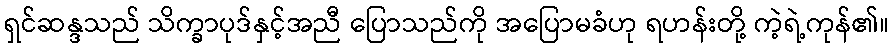
ရှင်ဆန္ဒသည် သိက္ခာပုဒ်နှင့်အညီ ပြောသည်ကို အပြောမခံဟု ရဟန်းတို့ ကဲ့ရဲ့ကုန်၏။